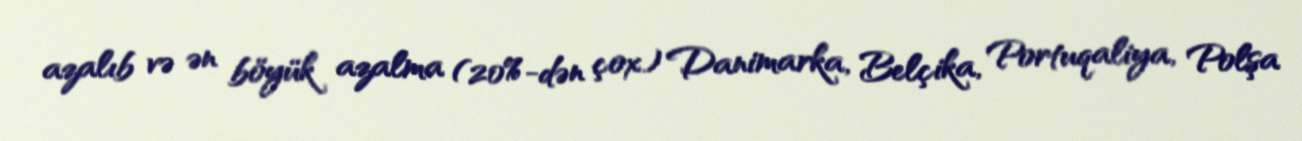
azalıb və ən böyük azalma (20%-dən çox) Danimarka, Belçika, Portuqaliya, Polşa